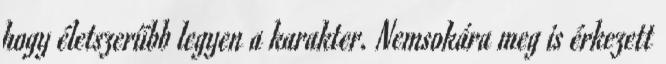
hogy életszerűbb legyen a karakter. Nemsokára meg is érkezett